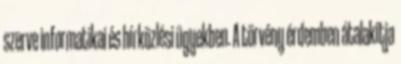
szerve informatikai és hírközlési ügyekben. A törvény érdemben átalakítja